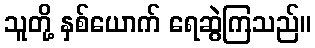
သူတို့ နှစ်ယောက် ရေဆွဲကြသည်။